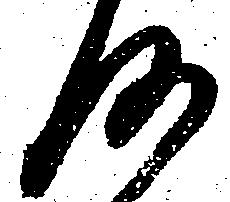
何